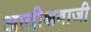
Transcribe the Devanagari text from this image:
आतीशबाजी